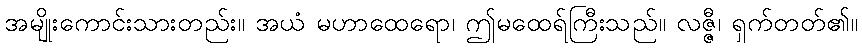
အမျိုးကောင်းသားတည်း။ အယံ မဟာထေရော၊ ဤမထေရ်ကြီးသည်။ လဇ္ဇီ၊ ရှက်တတ်၏။